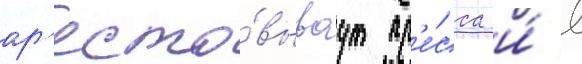
ар'есто́вываут пр'е́сса и́ в